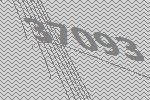
37093